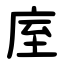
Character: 庢